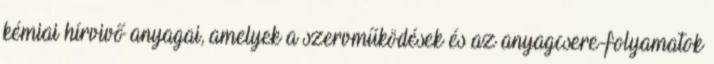
kémiai hírvivő anyagai, amelyek a szervműködések és az anyagcsere-folyamatok